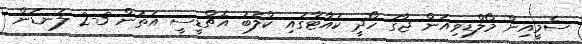
ސެމީއިން މޯލްޑިވިއަން ޖާގަ ހޯދީ ކުއާޓާގައި ކްލަބު އެޗްޑީސީ އަތުން 3-2 ލަނޑުން